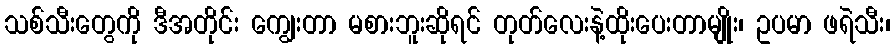
သစ်သီးတွေကို ဒီအတိုင်း ကျွေးတာ မစားဘူးဆိုရင် တုတ်လေးနဲ့ထိုးပေးတာမျိုး၊ ဥပမာ ဖရဲသီး၊